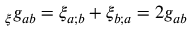
\L _ { \xi } g _ { a b } = \xi _ { a ; b } + \xi _ { b ; a } = 2 g _ { a b }